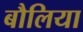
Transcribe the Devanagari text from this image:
बौलिया